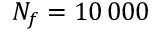
N _ { f } = 1 0 \, 0 0 0